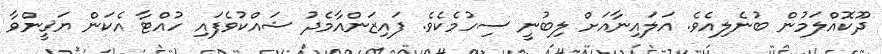
ދޫކޮއްލަމުން ބުނެލިއެވެ. އަލައިނާއަށް ލިބުނީ ސިހުމެކެވެ. ފައިޒަންއާމެދު ޝައްކުވެފައި ހުއްޓާ އެކަން ޔަޤީންވާ